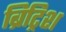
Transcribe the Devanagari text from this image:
ब्रिट्रिश